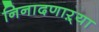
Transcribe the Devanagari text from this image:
निनादणाऱ्या